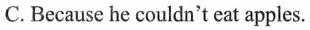
C. Because he couldn't eat apples.